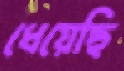
ধেয়েছি